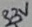
Text: 3.3V